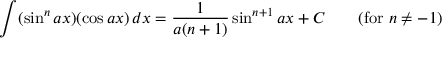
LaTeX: \int ( \sin ^ { n } a x ) ( \cos a x ) \, d x = { \frac { 1 } { a ( n + 1 ) } } \sin ^ { n + 1 } a x + C \qquad { \mathrm { ( f o r ~ } } n \neq - 1 { \mathrm { ) } }